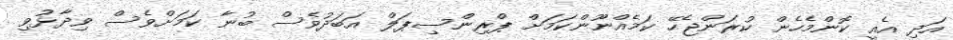
އަދި އެއީ ކޮންމެހެން ކުރަންޖެހޭ ކަމެއްނޫންކަމަށް ޕްރިންސިޕަލް އަބަދުވެސް ބުނާ ކަމަށްވެސް ވިދާޅުވި